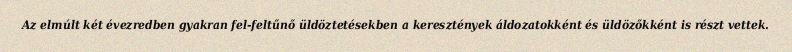
Az elmúlt két évezredben gyakran fel-feltűnő üldöztetésekben a keresztények áldozatokként és üldözőkként is részt vettek.